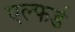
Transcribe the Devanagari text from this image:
एल्फर्ड